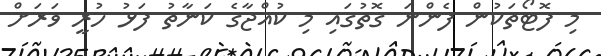
މި ފޮޓޯތަކުން ފެންނަ ގޮތުގައި މި ކުއްޖާގެ ކަނާތު ފަޅު ހުރީ ވަރަށް